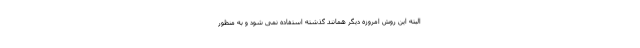
البته این روش امروزه دیگر همانند گذشته استفاده نمی شود و به منظور